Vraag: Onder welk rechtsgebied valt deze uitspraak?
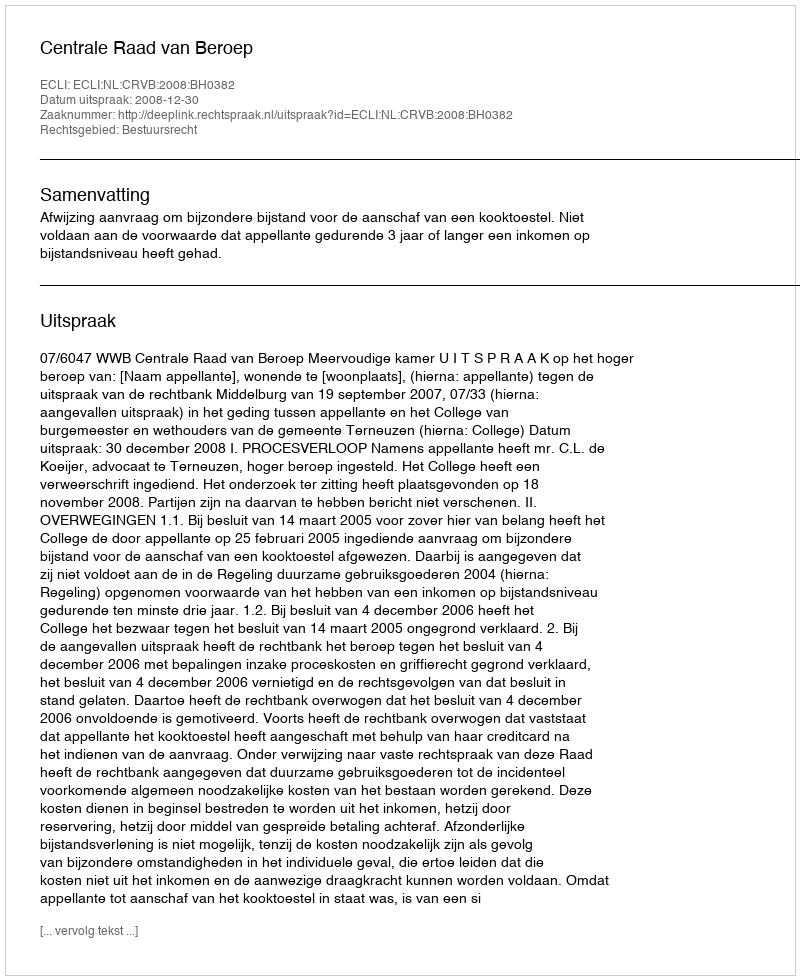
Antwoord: Bestuursrecht